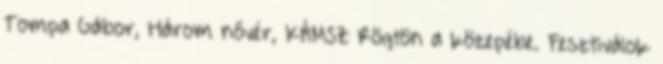
Tompa Gábor, Három nővér, KÁMSZ Rögtön a közepébe. Fesztiválok